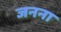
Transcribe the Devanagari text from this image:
जनना